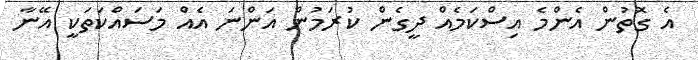
އެ ގޮތުން އެންމެ އިސްކަމެއް ދީގެން ކުރަމުން އަންނަ އެއް މަސައްކަތަކީ އޭނާ